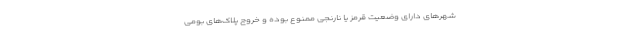
شهرهای دارای وضعیت قرمز یا نارنجی ممنوع بوده و خروج پلاک‌های بومی